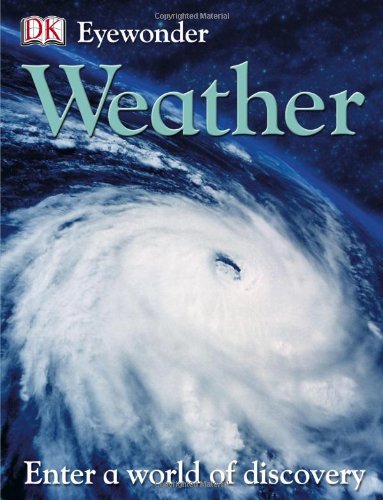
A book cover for Weather (Eye Wonder); DK Publishing; Science & Math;